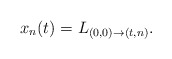
\begin{align*} x_n(t)=L_{(0,0)\to(t,n)}.\end{align*}